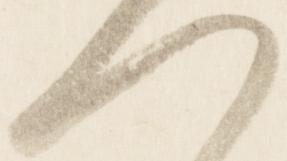
へ